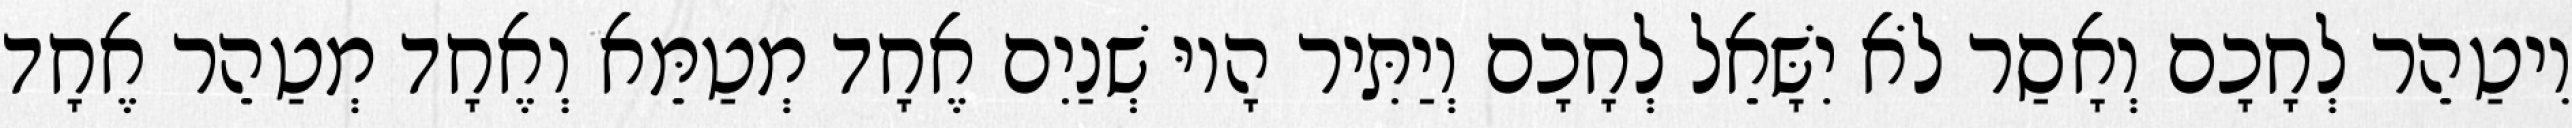
וִיטַהֵר לְחָכָם וְאָסַר לֹא יִשָּׁאֵל לְחָכָם וְיַתִּיר הָיוּ שְׁנַיִם אֶחָד מְטַמֵּא וְאֶחָד מְטַהֵר אֶחָד